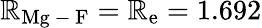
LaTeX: \mathbb{R}_{\mathrm{{Mg\mathrm{{~-~}}F}}}=\mathbb{R}_{\mathrm{{e}}}=1.692